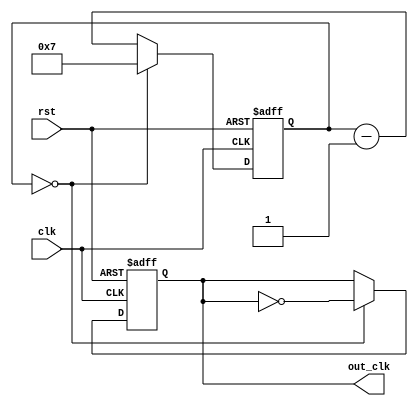
module clock_divider (
   input wire clk,
   input wire rst,
   output reg out_clk
);

reg [7:0] counter;

always @(posedge clk or posedge rst) begin
   if (rst) begin
      counter <= 8'b0;
      out_clk <= 1'b0;
   end else begin
      if (counter == 8'd0) begin
         out_clk <= ~out_clk;
         counter <= 8'd7;
      end else begin
         counter <= counter - 1;
      end
   end
end

endmodule